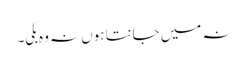
نہ میں جانتا ہوں نہ وہ بلی۔